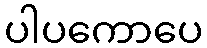
ပါပကောပေ